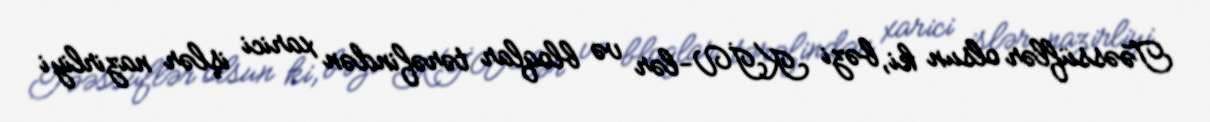
Təəssüflər olsun ki, bəzi KİV-lər və bloqlar tərəfindən xarici işlər nazirliyi